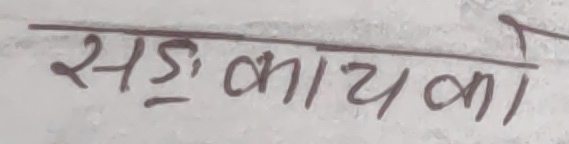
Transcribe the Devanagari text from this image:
सङ्‌कायको